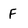
Character: F